Structure of Hæmatopota pluvialis (Meigen) - Number 55
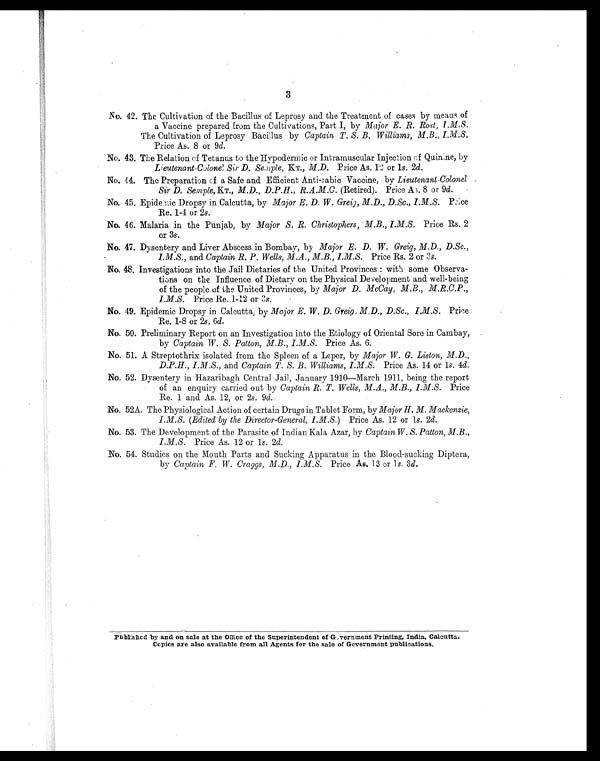
3
No. 42. The Cultivation of the Bacillus of Leprosy and the Treatment of cases by means of
a Vaccine prepared from the Cultivations, Part I, by Major E. R. Rost, I.M.S.
The Cultivation of Leprosy Bacillus by Captain, T. S. B. Williams, M.B.,
I.M.S.
Price As. 8 or 9d.
No. 43. The Relation of Tetanus to the Hypodermic or Intramuscular Injection of Quinine, by
Lieutenant-Colonel Sir D. Semple, KT., M.D. Price As. 12 or 1s. 2d.
No. 44. The Preparation of a Safe and Efficient Anti-rabic Vaccine, by Lieutenant-Colonel
Sir D. Semple, KT., M.D., D.P.H., R.A.M.C. (Retired). Price A. 8 or 9d.
No. 45. Epidemic Dropsy in Calcutta, by Major E. D. W. Greig, M.D., D.Sc., I.M.S. Price
Re. 1-4 or 2s.
No. 46. Malaria in the Punjab, by Major S. R. Christophers, M.B., I.M.S. Price Rs. 2
or 3s.
No. 47. Dysentery and Liver Abscess in Bombay, by Major E. D. W. Greig, M.D., D.Sc.,
I.M.S., and Captain R. P. Wells, M.A., M.B., I.M.S. Price Rs. 2 or 3 s.
No. 48. Investigations into the Jail Dietaries of the United Provinces : with some Observa-
t
io
ns
on the Influence of Dietary on the Physical Development and well-being
of the people of the United Provinces, by Major D. McCay, M.B., M.R.C.P.,
I.M.S. Price Re. 1-12 or 3 s.
No. 49. Epidemic Dropsy in Calcutta, by Major E. W. D. Greig, M.D., D.Sc., I.M.S. Price
Re. 1-8 or 2s. 6d.
No. 50. Preliminary Report on an Investigation into the Etiology of Oriental Sore in Cambay,
by Captain W. S. Patton, M.B., I.M.S. Price As. 6
d.
No. 51. A Streptothrix isolated from the Spleen of a Leper, by Major W. G. Liston, M.D.,
D.P.H., I.M.S., and Captain T. S. B. Williams, I.M.S. Price As. 14 or 1 s. 4d.
No. 52. Dysentery in Hazaribagh Central Jail, January 1910—March 1911, being the report
of an enquiry carried out by Captain R. T. Wells, M.A., M.B., I.M.S. Price
Re. 1 and As. 12, or 2s. 9d.
No. 52A. The Physiological Action of certain Drugs in Tablet Form, by Major H. M. Mackenzie,
I.M.S. ( Edited by the Director-General, I.M.S. ) Price As. 12 or 1s. 2d.
No. 53. The Development of the Parasite of Indian Kala Azar, by Captain W. S. Patton, M.B.,
I.M.S.
Price As. 12 or 1s. 2d.
No. 54. Studies on the Mouth Parts and Sucking Apparatus in the Blood-sucking Diptera,
by Captain F. W. Craggs, M.D., I.M.S. Price As. 13 or 1s. 3 d.
Published by and on sale at the
off
ic e of the Superintendent of Government Printing, India, Calcutta.
Copies are also available from all Agents for the sale of Government publications .